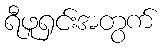
ရီဖူရှင်းအတွက်